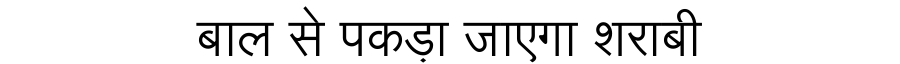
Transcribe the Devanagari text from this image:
बाल से पकड़ा जाएगा शराबी